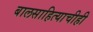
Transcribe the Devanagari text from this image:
बालसाहित्याचीही